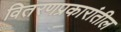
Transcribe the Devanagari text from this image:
वितरणप्रकारांतील